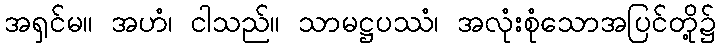
အရှင်မ။ အဟံ၊ ငါသည်။ သာမဋ္ဌပဿံ၊ အလုံးစုံသောအပြင်တို့၌